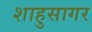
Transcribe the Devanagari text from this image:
शाहुसागर